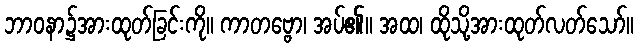
ဘာဝနာ၌အားထုတ်ခြင်းကို။ ကာတဗ္ဗော၊ အပ်၏။ အထ၊ ထိုသို့အားထုတ်လတ်သော်။